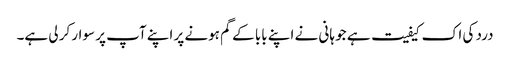
درد کی اک کیفیت ہے جو ہانی نے اپنے بابا کے گم ہونے پر اپنے آپ پر سوار کر لی ہے۔